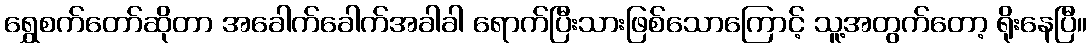
ရွှေစက်တော်ဆိုတာ အခေါက်ခေါက်အခါခါ ရောက်ပြီးသားဖြစ်သောကြောင့် သူ့အတွက်တော့ ရိုးနေပြီ။